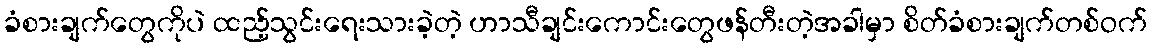
ခံစားချက်တွေကိုပဲ ထည့်သွင်းရေးသားခဲ့တဲ့ ဟာသီချင်းကောင်းတွေဖန်တီးတဲ့အခါမှာ စိတ်ခံစားချက်တစ်ဝက်